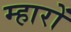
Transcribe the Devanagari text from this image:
म्हारों